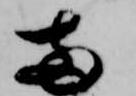
両